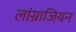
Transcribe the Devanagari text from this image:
लांग्राजियन